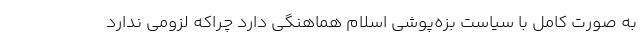
به صورت کامل با سیاست بزه‌پوشی اسلام هماهنگی دارد چراکه لزومی ندارد